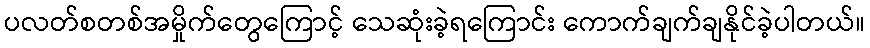
ပလတ်စတစ်အမှိုက်တွေကြောင့် သေဆုံးခဲ့ရကြောင်း ကောက်ချက်ချနိုင်ခဲ့ပါတယ်။